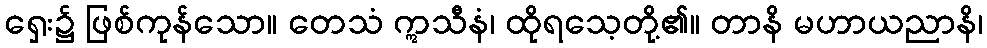
ရှေး၌ ဖြစ်ကုန်သော။ တေသံ ဣသီနံ၊ ထိုရသေ့တို့၏။ တာနိ မဟာယညာနိ၊